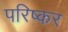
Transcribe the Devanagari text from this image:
परिष्कर